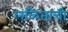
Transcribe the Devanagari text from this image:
लळिताची